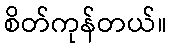
စိတ်ကုန်တယ်။